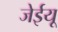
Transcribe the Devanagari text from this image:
जेईयू